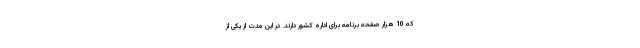
که 10 هزار صفحه برنامه برای اداره کشور دارند. در این مدت از یکی از